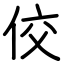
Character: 佼